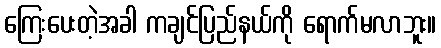
ကြေးပေးတဲ့အခါ ကချင်ပြည်နယ်ကို ရောက်မလာဘူး။